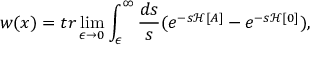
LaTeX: w ( x ) = t r \operatorname * { l i m } _ { \epsilon \to 0 } \int _ { \epsilon } ^ { \infty } \frac { d s } { s } ( e ^ { - s { \mathcal H } [ A ] } - e ^ { - s { \mathcal H } [ 0 ] } ) ,